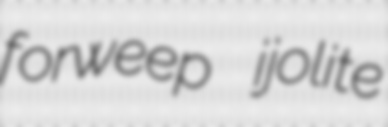
forweep ijolite